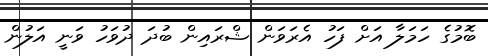
ބޮމުގެ ހަމަލާ އަށް ފަހު އެރަވަން ޝްރައިން ބުދަ ދުވަހު ވަނީ އަލުން